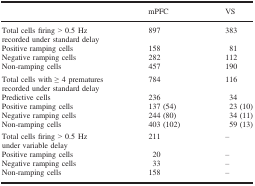
<table><thead><tr><td></td><td><b>mPFC</b></td><td><b>VS</b></td></tr></thead><tbody><tr><td>Total cells firing &gt; 0.5 Hz recorded under standard delay</td><td>897</td><td>383</td></tr><tr><td>Positive ramping cells</td><td>158</td><td>81</td></tr><tr><td>Negative ramping cells</td><td>282</td><td>112</td></tr><tr><td>Non-ramping cells</td><td>457</td><td>190</td></tr><tr><td>Total cells with ≥ 4 prematures recorded under standard delay</td><td>784</td><td>116</td></tr><tr><td>Predictive cells</td><td>236</td><td>34</td></tr><tr><td>Positive ramping cells</td><td>137 (54)</td><td>23 (10)</td></tr><tr><td>Negative ramping cells</td><td>244 (80)</td><td>34 (11)</td></tr><tr><td>Non-ramping cells</td><td>403 (102)</td><td>59 (13)</td></tr><tr><td>Total cells firing &gt; 0.5 Hz under variable delay</td><td>211</td><td>–</td></tr><tr><td>Positive ramping cells</td><td>20</td><td>–</td></tr><tr><td>Negative ramping cells</td><td>33</td><td>–</td></tr><tr><td>Non-ramping cells</td><td>158</td><td>–</td></tr></tbody></table>